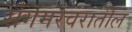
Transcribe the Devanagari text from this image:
संगमरवरातील